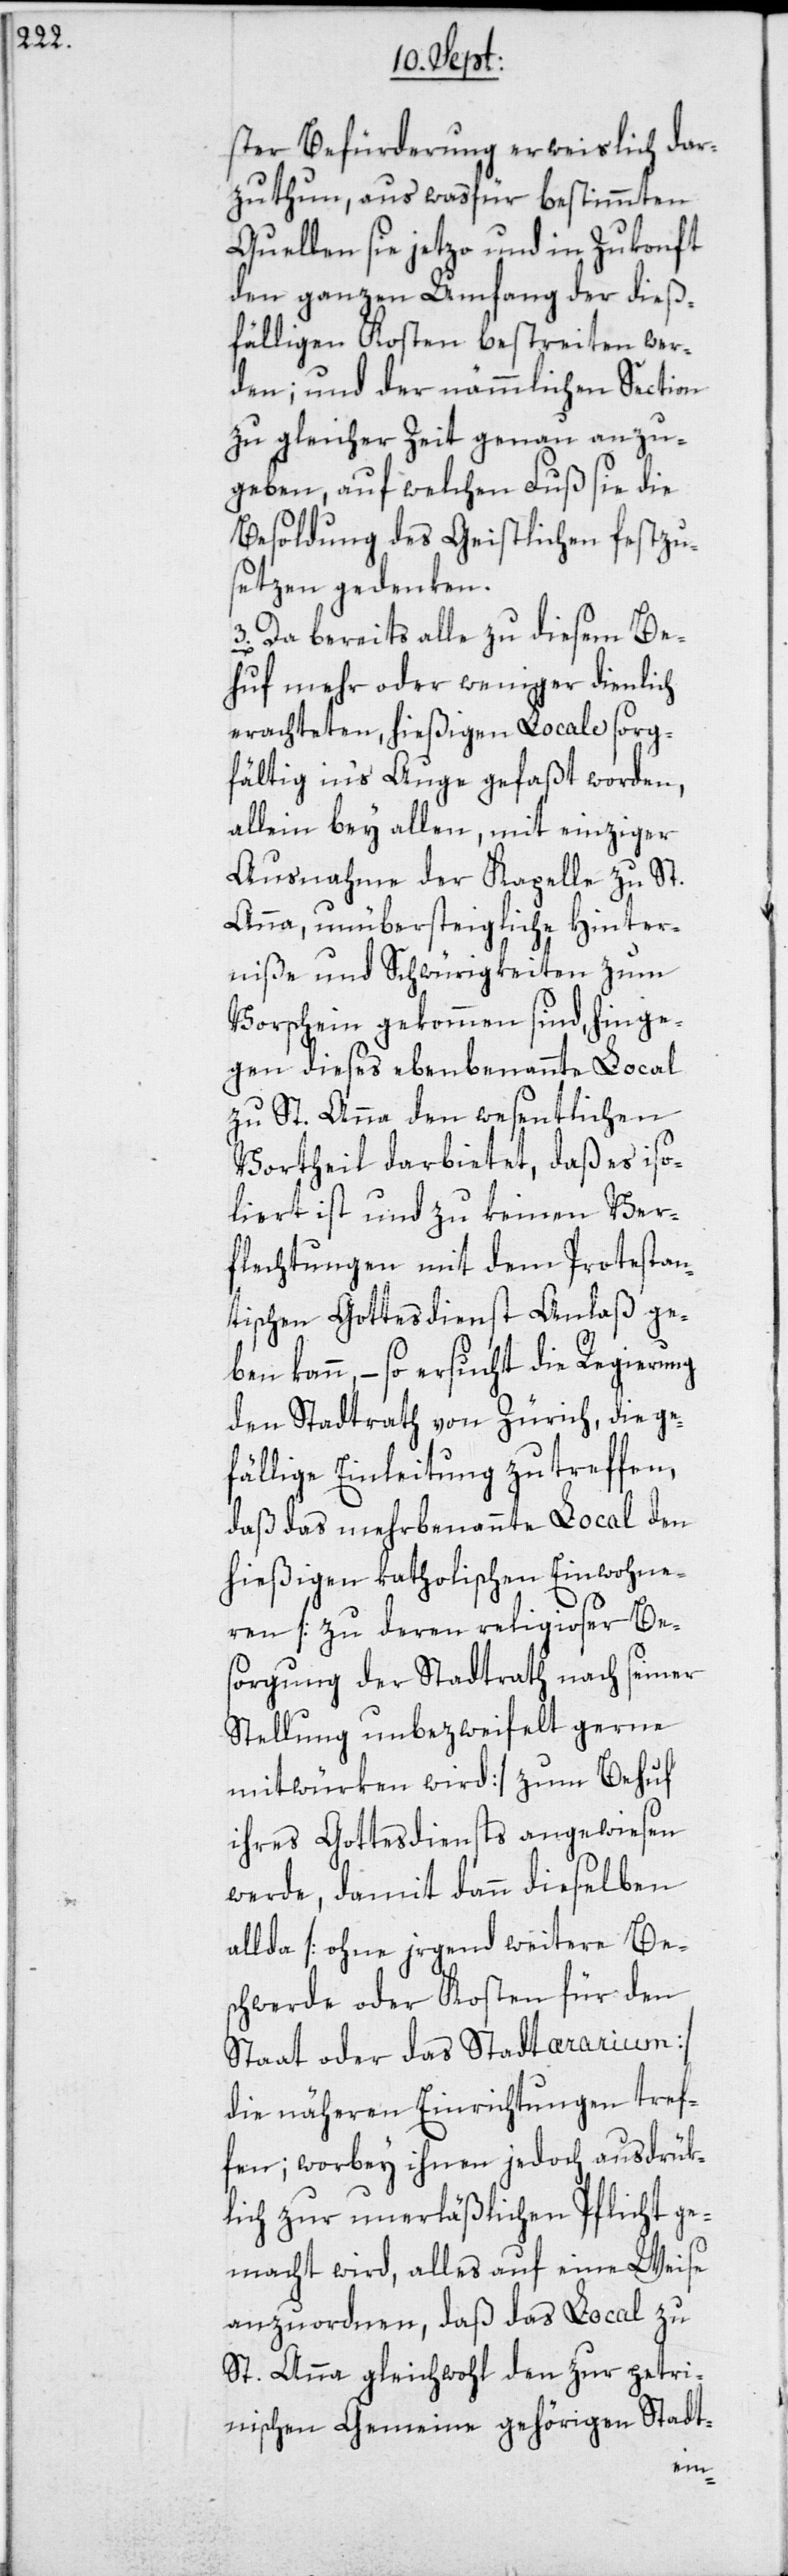
ster Befürderung erweislich dar¬
zuthun, aus wasfür bestimmten
Quellen sie jetzo und in Zukonft
den ganzen Umfang der dieß¬
fälligen Kosten bestreiten wer¬
den; und der nämmlichen Section
zu gleicher Zeit genau anzu¬
geben, auf welchen Fuß sie die
Besoldung des Geistlichen festzu¬
setzen gedenken.
3. Da bereits alle zu diesem Be¬
huf mehr oder weniger dienlich
erachteten, hießigen Locale sorg¬
fältig in‘s Auge gefaßt worden,
allein bey allen, mit einziger
Ausnahme der Kapelle zu St.
Anna, unübersteigliche Hinter¬
niße und Schwürigkeiten zum
Vorschein gekommen sind, hinge¬
gen dieses ebenbenannte Local
zu St. Anna den wesentlichen
Vortheil darbietet, daß es iso¬
liert ist und zu keinen Ver¬
flechtungen mit dem Protestan¬
tischen Gottesdienst Anlaß ge¬
ben kann, – so ersucht die Regierung
den Stadtrath von Zürich, die ge¬
fällige Einleitung zu treffen,
daß das mehrbenannte Local den
hießigen katholischen Einwohne¬
ren [zu deren religioser Be¬
sorgung der Stadtrath nach seiner
Stellung unbezweifelt gerne
mitwürken wird] zum Behuf
ihres Gottesdiensts angewiesen
werde, damit dann dieselben
allda [ohne jrgend weitere Be¬
schwerde oder Kosten für den
Staat oder das Stadtærarium]
die näheren Einrichtungen tref¬
fen; worbey ihnen jedoch ausdrük¬
lich zur unerläßlichen Pflicht ge¬
macht wird, alles auf eine Weise
anzuordnen, daß das Local zu
St. Anna gleichwohl den zur petri¬
nischen Gemeine gehörigen Stadt-